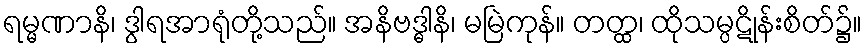
ရမ္မဏာနိ၊ ဒွါရအာရုံတို့သည်။ အနိဗဒ္ဓါနိ၊ မမြဲကုန်။ တတ္ထ၊ ထိုသမ္ပဋိုန်းစိတ်၌။